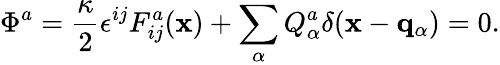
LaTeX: \Phi^{a}={\frac{\kappa}{2}}\epsilon^{ij}F_{ij}^{a}({\mathbf x})+\sum_{\alpha}Q_{\alpha}^{a}\delta({\mathbf x}-{\mathbf q}_{\alpha})=0.